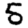
Digit: 5